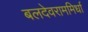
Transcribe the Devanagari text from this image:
बलदेवराममिर्धा